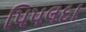
પિપલદા